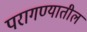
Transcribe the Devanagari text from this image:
परागण्यातील